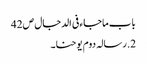
باب ماجاء فی الدجال ص42
2.رسالہ دوم یوحنا۔